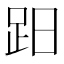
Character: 𧿭